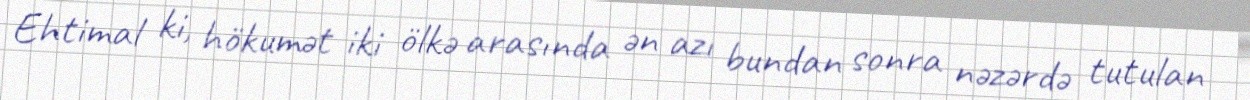
Ehtimal ki, hökumət iki ölkə arasında ən azı bundan sonra nəzərdə tutulan